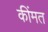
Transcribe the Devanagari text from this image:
कींमत